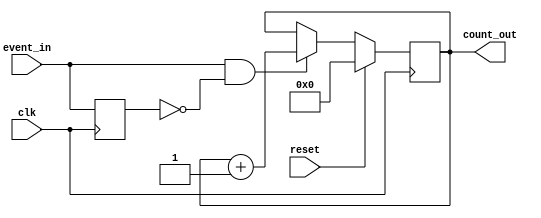
module event_counter (
    input wire clk,          // Clock signal
    input wire reset,        // Reset signal (active high)
    input wire event_in,     // Event signal to increment the counter
    output reg [7:0] count_out // 8-bit output for the current count value
);

    // Internal signal to detect the rising edge of the event signal
    reg event_last; // Holds the previous state of the event signal

    // Synchronous process for counting and resetting
    always @(posedge clk) begin
        if (reset) begin
            // Reset the count to zero
            count_out <= 8'b0;
        end else begin
            // Detect rising edge of the event signal
            if (event_in && !event_last) begin
                // Increment the count
                count_out <= count_out + 1;
            end
        end
        // Update the last event signal state
        event_last <= event_in;
    end

endmodule